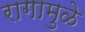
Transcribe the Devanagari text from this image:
रागामुळे